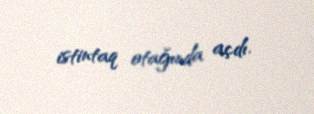
istintaq otağında açdı.